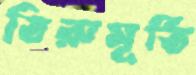
তিরুমূর্তি